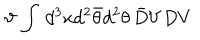
\vartheta \, \int \, d ^ { 3 } x d ^ { 2 } \bar { \theta } d ^ { 2 } \theta \, \bar { D } V D V